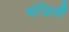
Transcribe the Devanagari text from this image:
मंज़िली